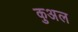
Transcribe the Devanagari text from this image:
कुअल